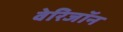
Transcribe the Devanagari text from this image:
वेरिजॉन